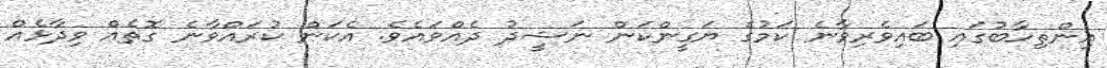
އިންތިހާބުގައި ބައިވެރިވާނެ ކަމުގެ ޔަގީންކަން ނަޝީދު ދެއްވައެވެ. އެކަން ކުރައްވާނެ ގޮތެއް ވިދާޅެއް